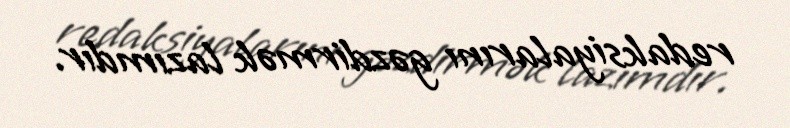
redaksiyalarını gəzdirmək lazımdır.